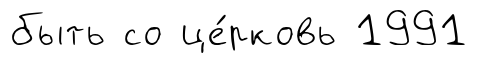
быть со це́рковь 1991